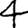
Digit: 4